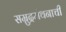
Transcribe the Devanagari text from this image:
सम्रुद्रमंथनाची